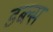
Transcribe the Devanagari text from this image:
डब्ल्स